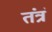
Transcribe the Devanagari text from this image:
तंत्रं